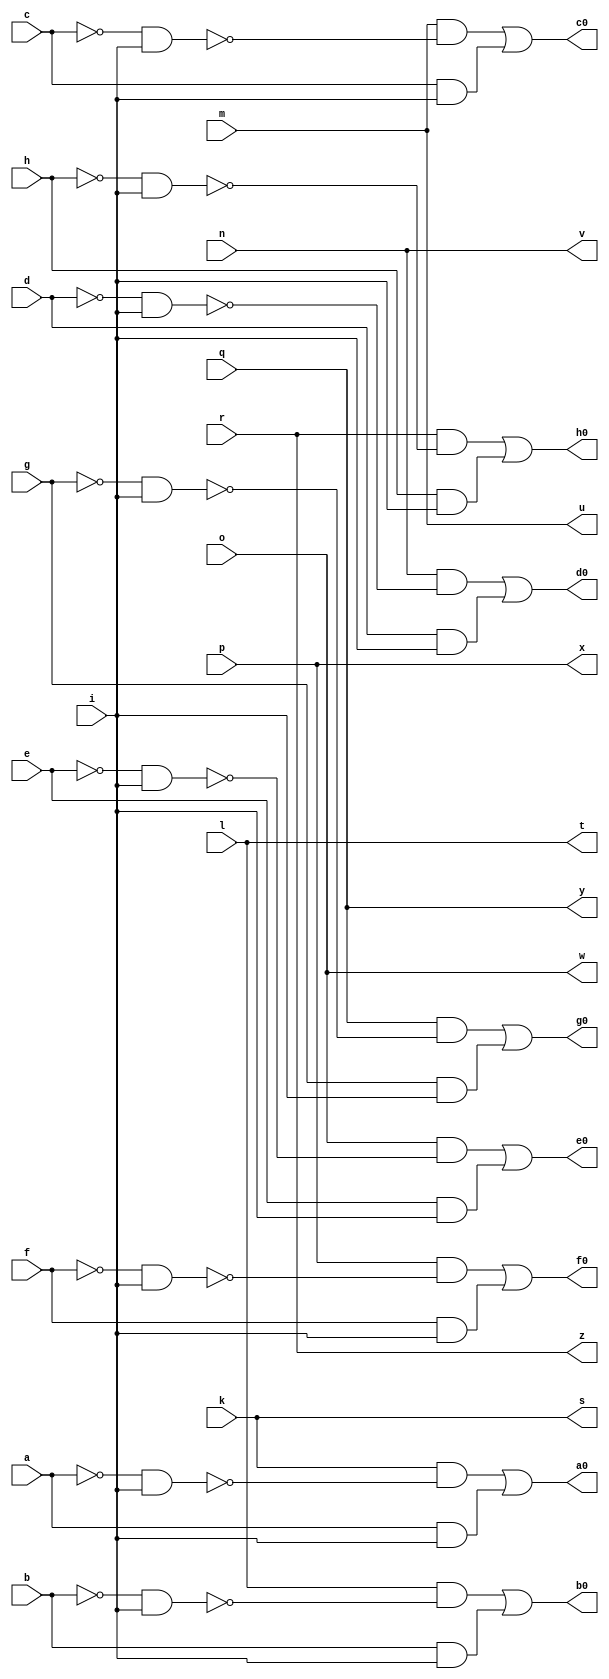
module tcon ( 
    a, b, c, d, e, f, g, h, i, k, l, m, n, o, p, q, r,
    s, t, u, v, w, x, y, z, a0, b0, c0, d0, e0, f0, g0, h0  );
  input  a, b, c, d, e, f, g, h, i, k, l, m, n, o, p, q, r;
  output s, t, u, v, w, x, y, z, a0, b0, c0, d0, e0, f0, g0, h0;
  wire new_n34_, new_n35_, new_n36_, new_n38_, new_n39_, new_n40_, new_n42_,
    new_n43_, new_n44_, new_n46_, new_n47_, new_n48_, new_n50_, new_n51_,
    new_n52_, new_n54_, new_n55_, new_n56_, new_n58_, new_n59_, new_n60_,
    new_n62_, new_n63_, new_n64_;
  assign new_n34_ = ~a & i;
  assign new_n35_ = k & ~new_n34_;
  assign new_n36_ = a & i;
  assign a0 = new_n35_ | new_n36_;
  assign new_n38_ = ~b & i;
  assign new_n39_ = l & ~new_n38_;
  assign new_n40_ = b & i;
  assign b0 = new_n39_ | new_n40_;
  assign new_n42_ = ~c & i;
  assign new_n43_ = m & ~new_n42_;
  assign new_n44_ = c & i;
  assign c0 = new_n43_ | new_n44_;
  assign new_n46_ = ~d & i;
  assign new_n47_ = n & ~new_n46_;
  assign new_n48_ = d & i;
  assign d0 = new_n47_ | new_n48_;
  assign new_n50_ = ~e & i;
  assign new_n51_ = o & ~new_n50_;
  assign new_n52_ = e & i;
  assign e0 = new_n51_ | new_n52_;
  assign new_n54_ = ~f & i;
  assign new_n55_ = p & ~new_n54_;
  assign new_n56_ = f & i;
  assign f0 = new_n55_ | new_n56_;
  assign new_n58_ = ~g & i;
  assign new_n59_ = q & ~new_n58_;
  assign new_n60_ = g & i;
  assign g0 = new_n59_ | new_n60_;
  assign new_n62_ = ~h & i;
  assign new_n63_ = r & ~new_n62_;
  assign new_n64_ = h & i;
  assign h0 = new_n63_ | new_n64_;
  assign s = k;
  assign t = l;
  assign u = m;
  assign v = n;
  assign w = o;
  assign x = p;
  assign y = q;
  assign z = r;
endmodule